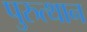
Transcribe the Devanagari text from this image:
पुरुत्थान